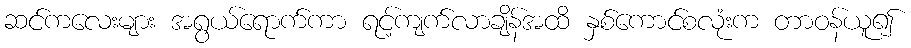
ဆင်ကလေးများ အရွယ်ရောက်ကာ ရင့်ကျက်လာချိန်အထိ နှစ်ကောင်စလုံးက တာဝန်ယူ၍